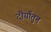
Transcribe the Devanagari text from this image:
दौर्यांतुन